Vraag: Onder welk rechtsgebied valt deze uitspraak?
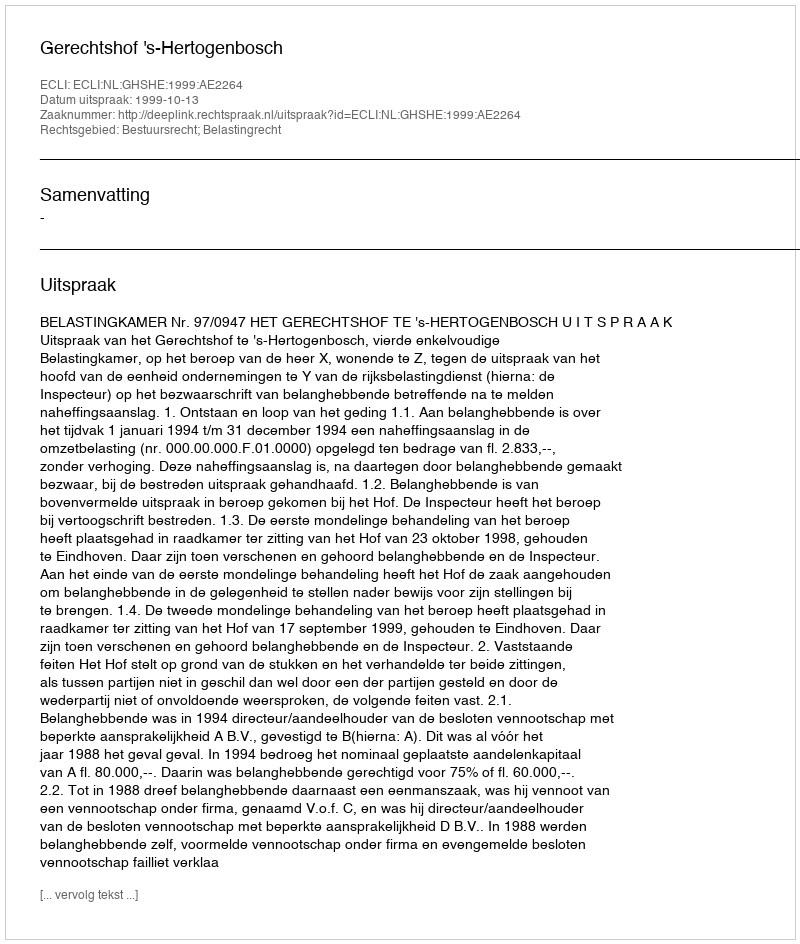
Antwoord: Bestuursrecht; Belastingrecht